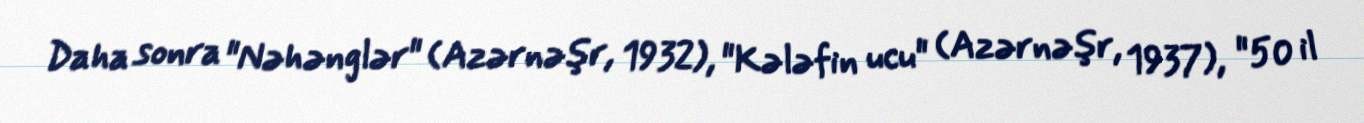
Daha sonra "Nəhənglər" (Azərnəşr, 1932), "Kələfin ucu" (Azərnəşr, 1937), "50 il